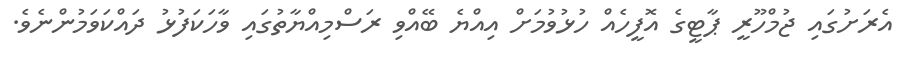
އެރަށުގައި ޖުމްހޫރީ ޕާޓީގެ އޮފީހެއް ހުޅުވުމަށް އިއްޔެ ބޭއްވި ރަސްމިއްޔާތުގައި ވާހަކަފުޅު ދައްކަވަމުންނެވެ.